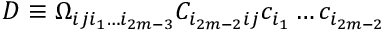
D \equiv \Omega _ { i j i _ { 1 } \dots i _ { 2 m - 3 } } C _ { i _ { 2 m - 2 } i j } c _ { i _ { 1 } } \dots c _ { i _ { 2 m - 2 } }